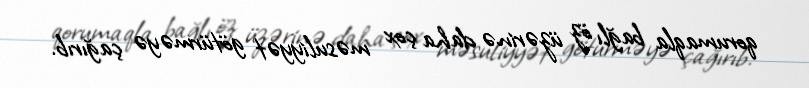
qorumaqla bağlı öz üzərinə daha çox məsuliyyət götürməyə çağırıb.